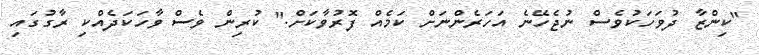
"ކިންޒާ ދުވަހަކުވެސް ނުޖެހޭނެ އަހަރެންނަށް ކަމެއް ފޮރުވާކަށް." ކުރިން ވެސް ވާހަކަދެއްކި ރާގުގައި